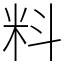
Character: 料